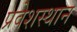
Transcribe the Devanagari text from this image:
प्रवेशस्थान